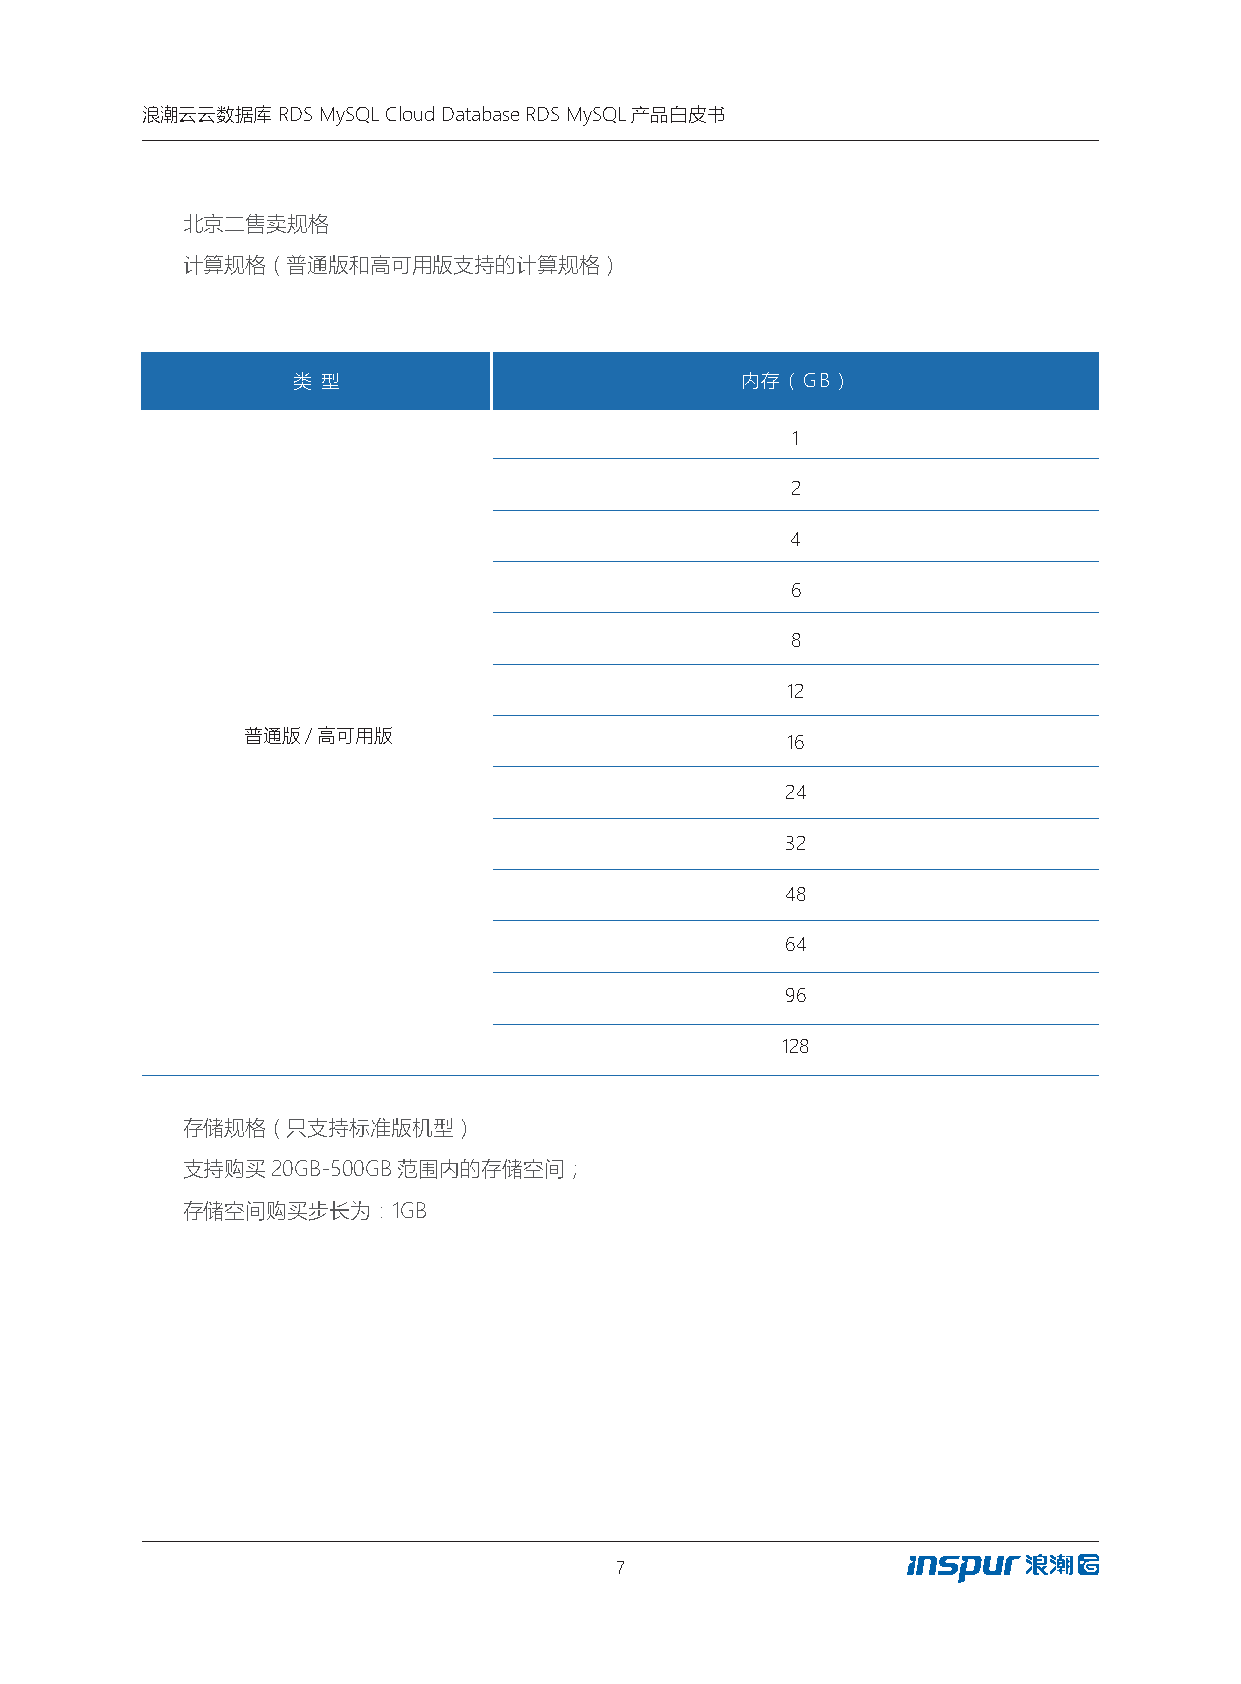
浪潮云云数据库  RDS MySQL Cloud Database RDS MySQL产品白皮书
 北京二售卖规格
 计算规格（普通版和高可用版支持的计算规格）
 类 型                           内存（GB）
 1
 2
 4
 6
 8
 12
 普通版/高可用版
 16
 24
 32
 48
 64
 96
 128
 存储规格（只支持标准版机型）
 支持购买20GB-500GB范围内的存储空间；
 存储空间购买步长为：1GB
 7